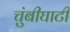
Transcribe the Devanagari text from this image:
चुंबीघाटी